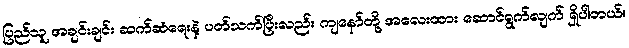
ပြည်သူ အချင်းချင်း ဆက်ဆံရေးနဲ့ ပတ်သက်ပြီးလည်း ကျနော်တို့ အလေးထား ဆောင်ရွက်လျက် ရှိပါတယ်။